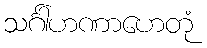
သင်္ဂါဟဏာဟေတုံ